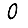
Digit: 0